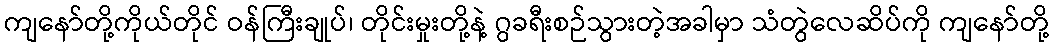
ကျနော်တို့ကိုယ်တိုင် ဝန်ကြီးချုပ်၊ တိုင်းမှုးတို့နဲ့ ဂွခရီးစဉ်သွားတဲ့အခါမှာ သံတွဲလေဆိပ်ကို ကျနော်တို့